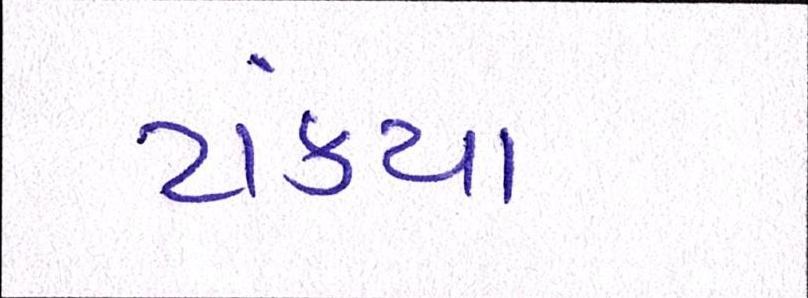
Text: ટાંક્યા